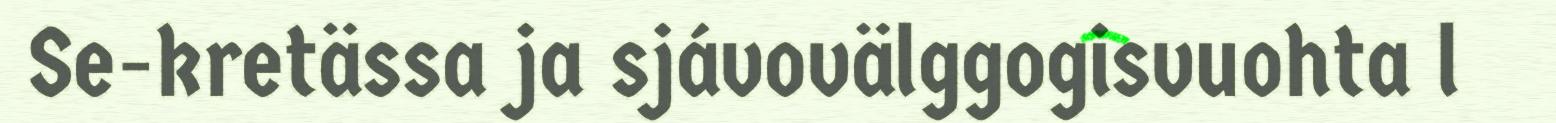
Se-kretässa ja sjávovälggogisvuohta l